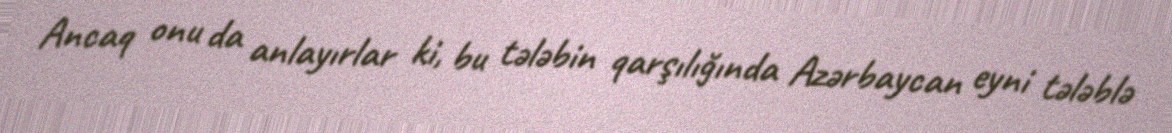
Ancaq onu da anlayırlar ki, bu tələbin qarşılığında Azərbaycan eyni tələblə